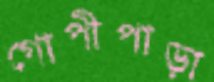
গোপীপাড়া